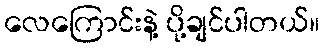
လေကြောင်းနဲ့ ပို့ချင်ပါတယ်။